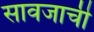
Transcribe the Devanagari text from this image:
सावजाची